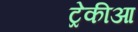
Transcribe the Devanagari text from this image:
ट्रेकीआ